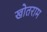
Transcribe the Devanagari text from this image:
खोतराम